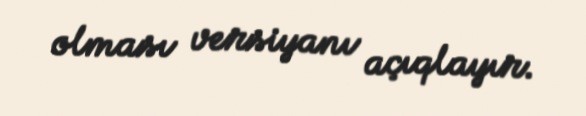
olması versiyanı açıqlayır.